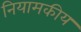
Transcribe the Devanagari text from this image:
नियामकीय